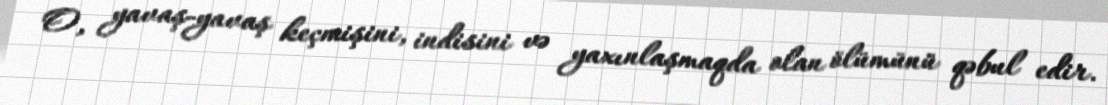
O, yavaş-yavaş keçmişini, indisini və yaxınlaşmaqda olan ölümünü qəbul edir.